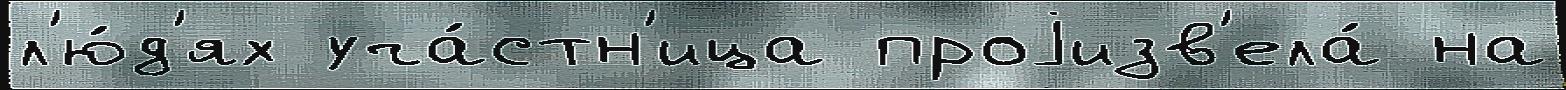
л'ю́д'ях уча́стн'ица проjизв'ела́ на